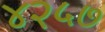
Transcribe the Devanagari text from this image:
४२५७